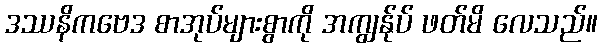
ဒဿနိကဗေဒ စာအုပ်များစွာကို အကျွန်ုပ် ဖတ်မိ လေသည်။